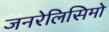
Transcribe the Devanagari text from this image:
जनरेलिसिमो